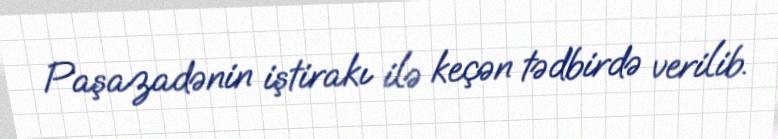
Paşazadənin iştirakı ilə keçən tədbirdə verilib.